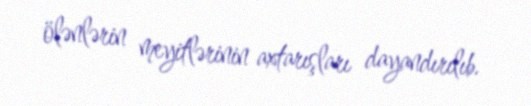
ölənlərin meyitlərinin axtarışları dayandırılıb.